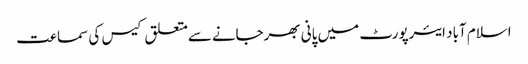
اسلام آباد ایئرپورٹ میں پانی بھرجانےسےمتعلق کیس کی سماعت